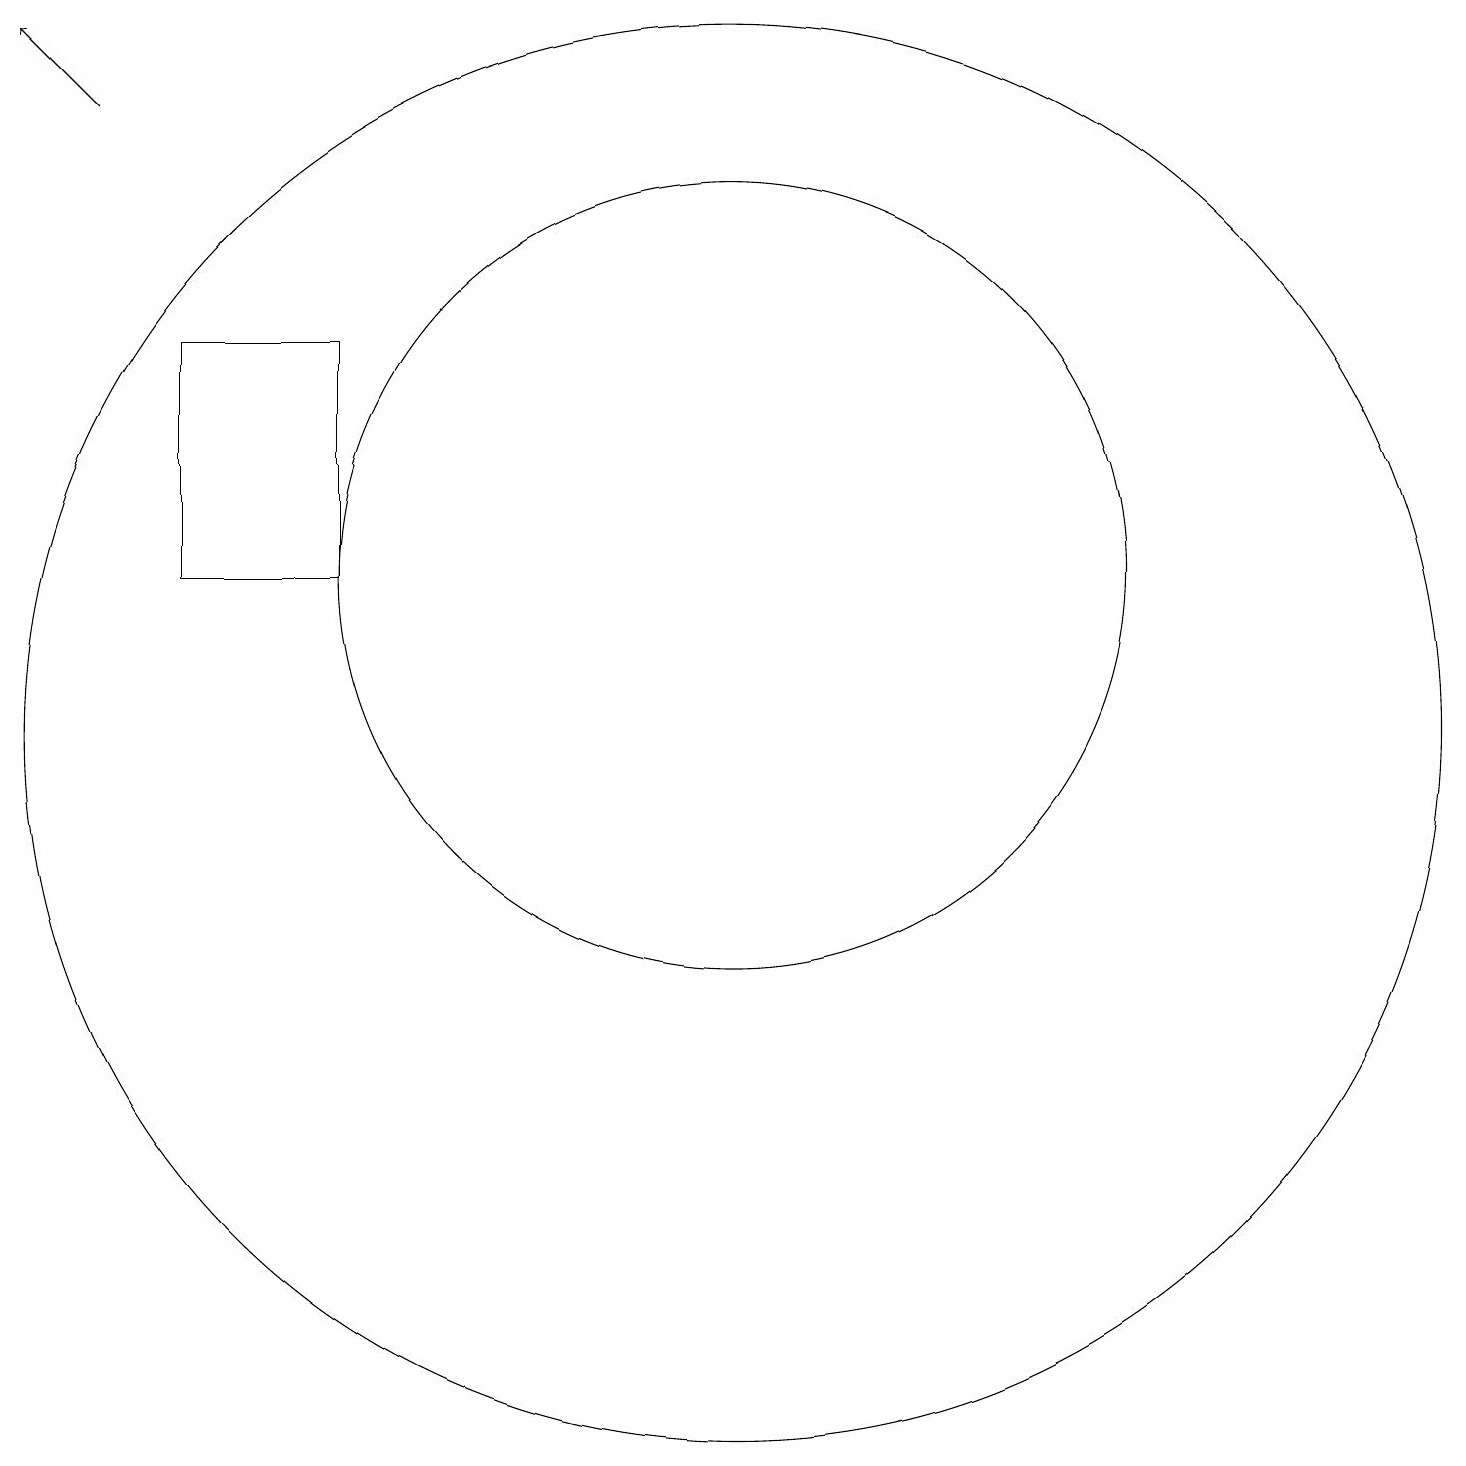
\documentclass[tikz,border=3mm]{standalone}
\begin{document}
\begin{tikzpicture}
\draw (10,10) circle (9);
\draw (5,12) rectangle (3,15);
\draw[->] (2,18) -- (1,19);
\draw (10,12) circle (5);
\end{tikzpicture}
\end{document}